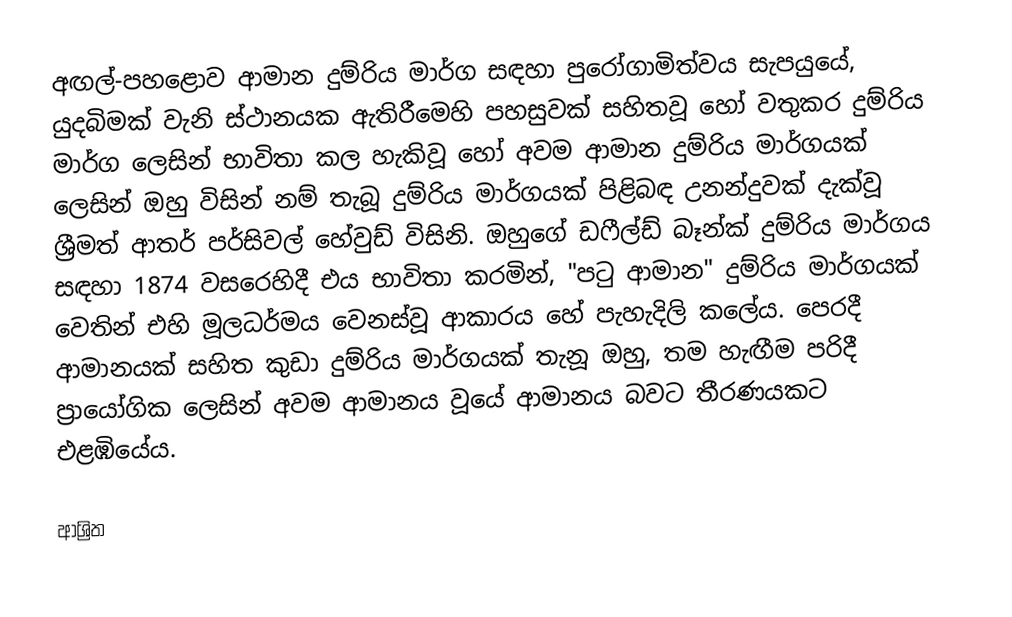
අඟල්-පහළොව ආමාන දුම්රිය මාර්ග සඳහා පුරෝගාමිත්වය සැපයුයේ, යුදබිමක් වැනි ස්ථානයක ඇතිරීමෙහි පහසුවක් සහිතවූ හෝ වතුකර දුම්රිය මාර්ග ලෙසින් භාවිතා කල හැකිවූ හෝ අවම ආමාන දුම්රිය මාර්ගයක් ලෙසින්  ඔහු විසින් නම් තැබූ දුම්රිය මාර්ගයක් පිළිබඳ උනන්දුවක් දැක්වූ   ශ්‍රීමත් ආතර් පර්සිවල් හේවුඩ් විසිනි.  ඔහුගේ ඩෆීල්ඩ් බෑන්ක් දුම්රිය මාර්ගය සඳහා 1874 වසරෙහිදී එය භාවිතා කරමින්, "පටු ආමාන" දුම්රිය මාර්ගයක් වෙතින් එහි මූලධර්මය වෙනස්වූ ආකාරය හේ පැහැදිලි කලේය. පෙරදී  ආමානයක් සහිත කුඩා දුම්රිය මාර්ගයක් තැනූ ඔහු, තම හැඟීම පරිදී ප්‍රායෝගික ලෙසින් අවම ආමානය වූයේ  ආමානය බවට තීරණයකට එළඹියේය.

ආශ්‍රිත